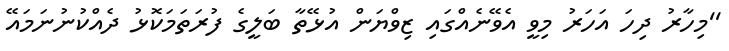
''މިހާރު ދިހަ އަހަރު މިވީ އެވޭނެއްގައި ޒިވްޔަން އުޅޭތާ ބަލީގެ ފުރަތަމަކޮޅު ދެއްކުނުނަމައޭ